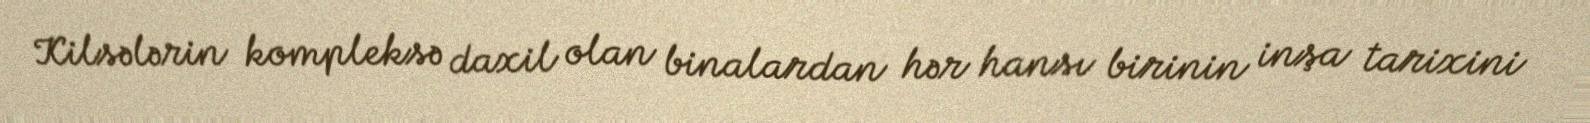
Kilsələrin kompleksə daxil olan binalardan hər hansı birinin inşa tarixini